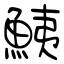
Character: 鮧